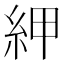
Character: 𰫠